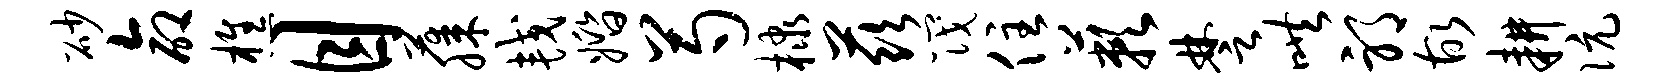
砂命樵目藤较婚芍棣兹筏住蔌楚哄邪故耕伉